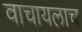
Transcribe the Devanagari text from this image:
वाचायलाच